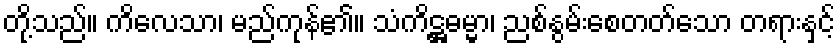
တို့သည်။ ကိလေသာ၊ မည်ကုန်၏။ သံကိဋ္ဌဓမ္မာ၊ ညစ်နွမ်းစေတတ်သော တရားနှင့်